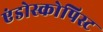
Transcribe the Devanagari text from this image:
एंडोस्कोपिस्ट